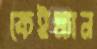
কেইম্যান